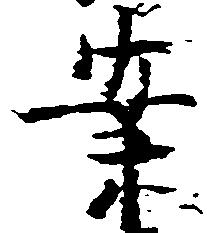
案